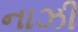
નાઝી